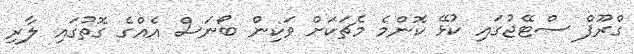
ގްރޫޕް ސްޓޭޖުގައި ކުޅޭ ކޮންމެ މެޗަކަށް ވަކިން ބޯނަސް އެއްގެ ގޮތުގައި ލާރި